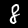
Digit: 8